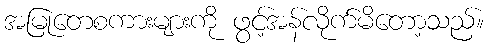
အမြုတေစကားများကို ဖွင့်အန်လိုက်မိတော့သည်။